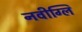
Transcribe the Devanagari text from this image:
नवीग्लि